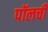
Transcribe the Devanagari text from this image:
पॉलची